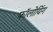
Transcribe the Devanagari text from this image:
फॉलोयिंग